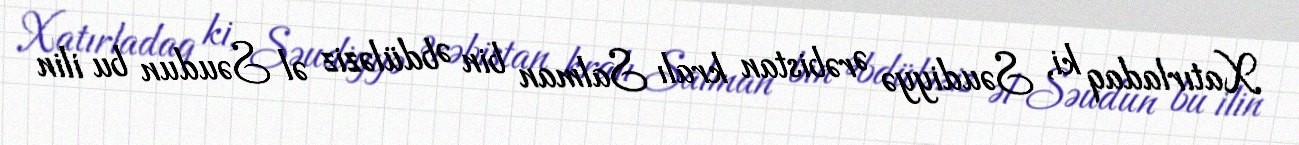
Xatırladaq ki, Səudiyyə Ərəbistan kralı Salman bin Əbdüləziz əl Səudun bu ilin